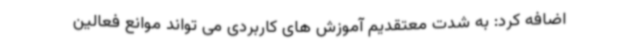
اضافه کرد: به شدت معتقدیم آموزش های کاربردی می تواند موانع فعالین